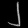
Digit: ၂